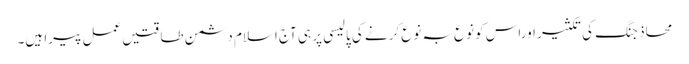
محاذِ جنگ کی تکثیر اوراس کو نوع بہ نوع کرنے کی پالیسی پر ہی آج اسلام دشمن طاقتیں عمل پیرا ہیں۔